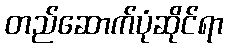
တည်ဆောက်ပုံဆိုင်ရာ